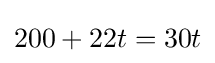
200+22t=30t